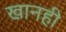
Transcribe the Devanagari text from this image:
खानही